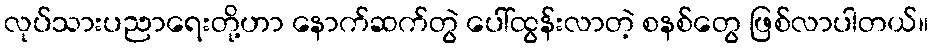
လုပ်သားပညာရေးတို့ဟာ နောက်ဆက်တွဲ ပေါ်ထွန်းလာတဲ့ စနစ်တွေ ဖြစ်လာပါတယ်။